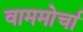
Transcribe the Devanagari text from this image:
वाममोर्चा